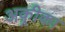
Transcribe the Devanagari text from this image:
अक़्रीका